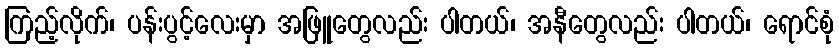
ကြည့်လိုက်၊ ပန်းပွင့်လေးမှာ အဖြူတွေလည်း ပါတယ်၊ အနီတွေလည်း ပါတယ်၊ ရောင်စုံ